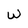
Character: W